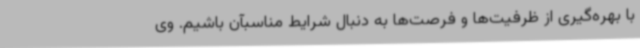
با بهره‌گیری از ظرفیت‌ها و فرصت‌ها به دنبال شرایط مناسبآن باشیم. وی